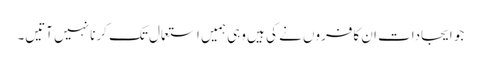
جو ایجادات ان کافروں نے کی ہیں وہی ہمیں استعمال تک کرنا نہیں آتیں۔